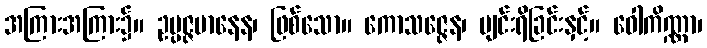
အကြားအကြား၌။ ဥပ္ပဇ္ဇမာနေန၊ ဖြစ်သော။ ကောသဇ္ဇေန၊ ပျင်းရိခြင်းနှင့်။ ဝေါကိဏ္ဏာ၊